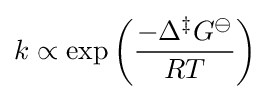
k\propto \exp \left({\frac {-\Delta ^{\ddagger }G^{\ominus }}{RT}}\right)